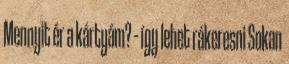
Mennyit ér a kártyám? – így lehet rákeresni Sokan